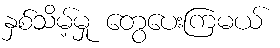
နှစ်သိမ့်မှု တွေပေးကြမယ်